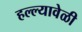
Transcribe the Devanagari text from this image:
हल्ल्यावेळी